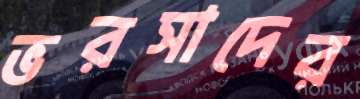
ভরসাদের